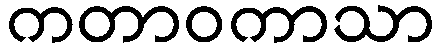
ကတာဝကာသာ